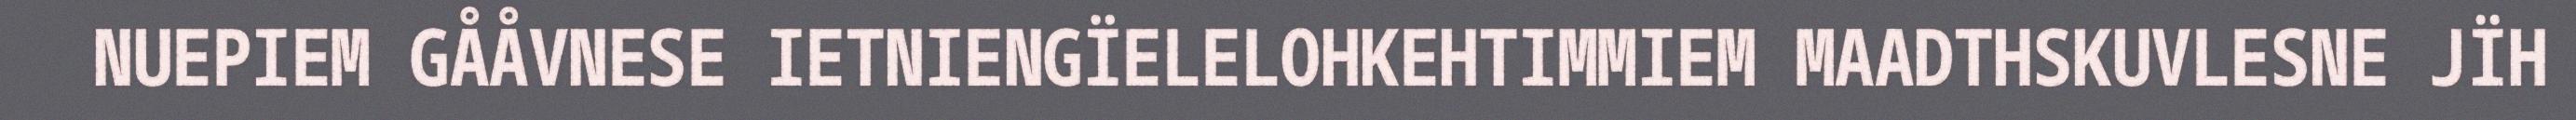
NUEPIEM GÅÅVNESE IETNIENGÏELELOHKEHTIMMIEM MAADTHSKUVLESNE JÏH